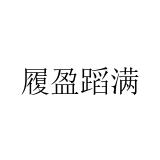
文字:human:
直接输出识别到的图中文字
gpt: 履盈蹈满